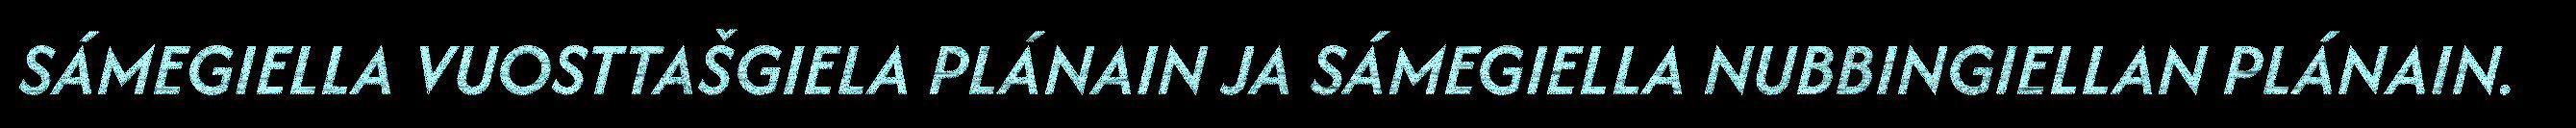
SÁMEGIELLA VUOSTTAŠGIELA PLÁNAIN JA SÁMEGIELLA NUBBINGIELLAN PLÁNAIN.